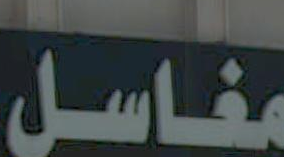
مغاسل